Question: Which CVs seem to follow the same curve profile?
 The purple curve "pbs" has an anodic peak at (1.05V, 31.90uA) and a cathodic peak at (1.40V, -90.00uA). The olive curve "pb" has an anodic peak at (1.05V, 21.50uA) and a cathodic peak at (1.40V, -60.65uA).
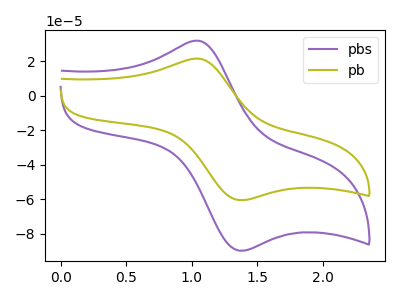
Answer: <think>All the peaks in "pbs" have a peak in "pb" at the same potential. Every peak in "pbs" is higher than every peak in "pb".
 </think>
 <answer>"pb" and "pbs" have the same shape and are likely CV's of the same chemical.</answer>
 <eval>"pb" "pbs"</eval>